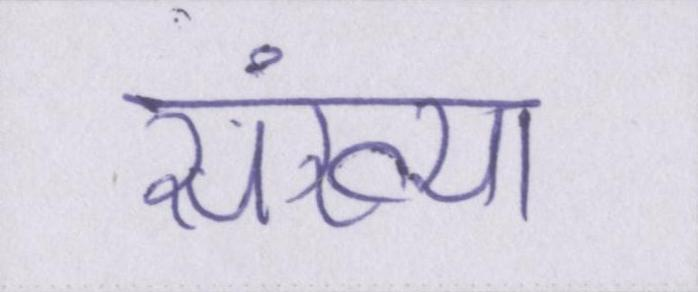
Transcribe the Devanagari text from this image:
संख्या